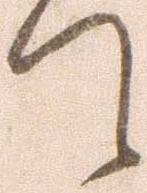
て